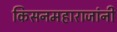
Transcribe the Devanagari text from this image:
किसनमहाराजांनी